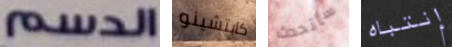
الدسم كابتشينو سأتحدث إنتباه